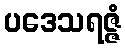
ပဒေသရဇ္ဇံ